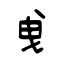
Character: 曵